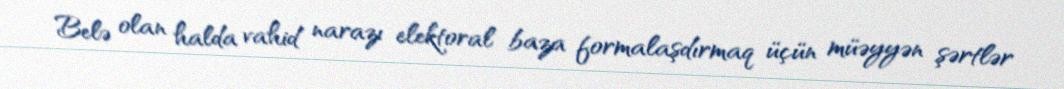
Belə olan halda vahid narazı elektoral baza formalaşdırmaq üçün müəyyən şərtlər